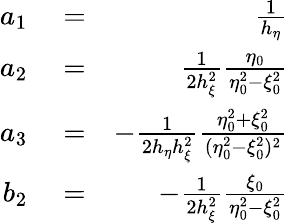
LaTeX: \begin{array}{rlr}{a_{1}}&{{}=}&{\frac{1}{h_{\eta}}}\\ {a_{2}}&{{}=}&{\frac{1}{2h_{\xi}^{2}}\frac{\eta_{0}}{\eta_{0}^{2}-\xi_{0}^{2}}}\\ {a_{3}}&{{}=}&{-\frac{1}{2h_{\eta}h_{\xi}^{2}}\frac{\eta_{0}^{2}+\xi_{0}^{2}}{(\eta_{0}^{2}-\xi_{0}^{2})^{2}}}\\ {b_{2}}&{{}=}&{-\frac{1}{2h_{\xi}^{2}}\frac{\xi_{0}}{\eta_{0}^{2}-\xi_{0}^{2}}}\end{array}